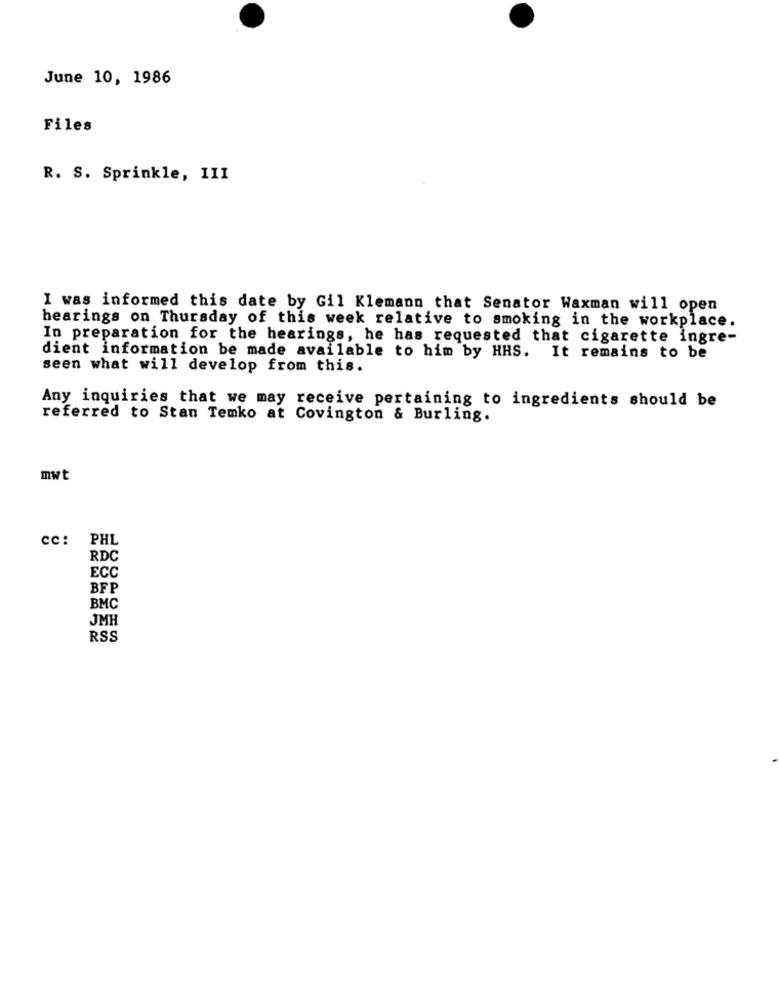
June 10, 1986
Files
R. S. Sprinkle, III
I was informed this date by Gil Klemann that Senator Waxman will open
hearings on Thursday of this week relative to smoking in the workplace.
In preparation for the hearings, he has requested that cigarette ingre-
dient information be made available to him by HHS. It remains to be
seen what will develop from this.
Any inquiries that we may receive pertaining to ingredients should be
referred to Stan Temko at Covington & Burling.
mwt
CC: PHL
RDC
ECC
BFP
BMC
JMH
RSS